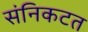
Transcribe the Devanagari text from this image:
संनिकटत